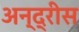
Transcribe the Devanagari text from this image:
अन्द्रीस